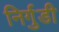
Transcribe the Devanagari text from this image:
निर्गुडी